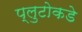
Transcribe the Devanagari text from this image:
प्लुटोकडे